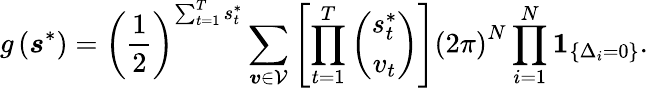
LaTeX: g\left(\boldsymbol{s}^{*}\right)=\left(\frac{1}{2}\right)^{\sum_{t=1}^{T}s_{t}^{*}}\sum_{\boldsymbol{v}\in\mathcal{V}}\left[\prod_{t=1}^{T}\left(\begin{array}{c}{s_{t}^{*}}\\ {v_{t}}\end{array}\right)\right]\left(2\pi\right)^{N}\prod_{i=1}^{N}\boldsymbol{1}_{\left\{ \Delta_{i}=0\right\} }.